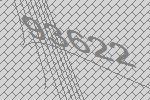
93622